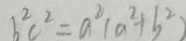
b ^ { 2 } c ^ { 2 } = a ^ { 2 } ( a ^ { 2 } + b ^ { 2 } )